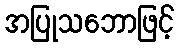
အပြုသဘောဖြင့်